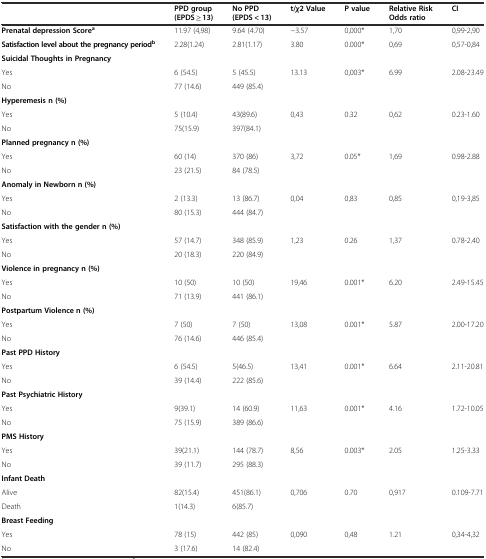
<table><thead><tr><td></td><td><b>PPD group (EPDS ≥ 13)</b></td><td><b>No PPD (EPDS &lt; 13)</b></td><td><b>t/<i>χ</i>2 Value</b></td><td><b>P value</b></td><td><b>Relative Risk Odds ratio</b></td><td><b>CI</b></td></tr></thead><tbody><tr><td><b>Prenatal depression Score</b><sup><b>a</b></sup></td><td>11.97 (4,98)</td><td>9.64 (4.70)</td><td>−3.57</td><td>0,000*</td><td>1,70</td><td>0,99-2,90</td></tr><tr><td><b>Satisfaction level about the pregnancy period</b><sup><b>b</b></sup></td><td>2.28(1.24)</td><td>2.81(1.17)</td><td>3.80</td><td>0.000*</td><td>0,69</td><td>0,57-0,84</td></tr><tr><td><b>Suicidal Thoughts in Pregnancy</b></td><td></td><td></td><td></td><td></td><td></td><td></td></tr><tr><td>Yes</td><td>6 (54.5)</td><td>5 (45.5)</td><td>13.13</td><td>0,003*</td><td>6.99</td><td>2.08-23.49</td></tr><tr><td>No</td><td>77 (14.6)</td><td>449 (85.4)</td><td></td><td></td><td></td><td></td></tr><tr><td><b>Hyperemesis n (%)</b></td><td></td><td></td><td></td><td></td><td></td><td></td></tr><tr><td>Yes</td><td>5 (10.4)</td><td>43(89.6)</td><td>0,43</td><td>0.32</td><td>0,62</td><td>0.23-1.60</td></tr><tr><td>No</td><td>75(15.9)</td><td>397(84.1)</td><td></td><td></td><td></td><td></td></tr><tr><td><b>Planned pregnancy n (%)</b></td><td></td><td></td><td></td><td></td><td></td><td></td></tr><tr><td>Yes</td><td>60 (14)</td><td>370 (86)</td><td>3,72</td><td>0.05*</td><td>1,69</td><td>0.98-2.88</td></tr><tr><td>No</td><td>23 (21.5)</td><td>84 (78.5)</td><td></td><td></td><td></td><td></td></tr><tr><td><b>Anomaly in Newborn n (%)</b></td><td></td><td></td><td></td><td></td><td></td><td></td></tr><tr><td>Yes</td><td>2 (13.3)</td><td>13 (86.7)</td><td>0,04</td><td>0,83</td><td>0,85</td><td>0,19-3,85</td></tr><tr><td>No</td><td>80 (15.3)</td><td>444 (84.7)</td><td></td><td></td><td></td><td></td></tr><tr><td><b>Satisfaction with the gender n (%)</b></td><td></td><td></td><td></td><td></td><td></td><td></td></tr><tr><td>Yes</td><td>57 (14.7)</td><td>348 (85.9)</td><td>1,23</td><td>0.26</td><td>1,37</td><td>0.78-2.40</td></tr><tr><td>No</td><td>20 (18.3)</td><td>220 (84.9)</td><td></td><td></td><td></td><td></td></tr><tr><td><b>Violence in pregnancy n (%)</b></td><td></td><td></td><td></td><td></td><td></td><td></td></tr><tr><td>Yes</td><td>10 (50)</td><td>10 (50)</td><td>19,46</td><td>0.001*</td><td>6.20</td><td>2.49-15.45</td></tr><tr><td>No</td><td>71 (13.9)</td><td>441 (86.1)</td><td></td><td></td><td></td><td></td></tr><tr><td><b>Postpartum Violence n (%)</b></td><td></td><td></td><td></td><td></td><td></td><td></td></tr><tr><td>Yes</td><td>7 (50)</td><td>7 (50)</td><td>13,08</td><td>0.001*</td><td>5.87</td><td>2.00-17.20</td></tr><tr><td>No</td><td>76 (14.6)</td><td>446 (85.4)</td><td></td><td></td><td></td><td></td></tr><tr><td><b>Past PPD History</b></td><td></td><td></td><td></td><td></td><td></td><td></td></tr><tr><td>Yes</td><td>6 (54.5)</td><td>5(46.5)</td><td>13,41</td><td>0.001*</td><td>6.64</td><td>2.11-20.81</td></tr><tr><td>No</td><td>39 (14.4)</td><td>222 (85.6)</td><td></td><td></td><td></td><td></td></tr><tr><td><b>Past Psychiatric History</b></td><td></td><td></td><td></td><td></td><td></td><td></td></tr><tr><td>Yes</td><td>9(39.1)</td><td>14 (60.9)</td><td>11,63</td><td>0.001*</td><td>4.16</td><td>1.72-10.05</td></tr><tr><td>No</td><td>75 (15.9)</td><td>389 (86.6)</td><td></td><td></td><td></td><td></td></tr><tr><td><b>PMS History</b></td><td></td><td></td><td></td><td></td><td></td><td></td></tr><tr><td>Yes</td><td>39(21.1)</td><td>144 (78.7)</td><td>8,56</td><td>0.003*</td><td>2.05</td><td>1.25-3.33</td></tr><tr><td>No</td><td>39 (11.7)</td><td>295 (88.3)</td><td></td><td></td><td></td><td></td></tr><tr><td><b>Infant Death</b></td><td></td><td></td><td></td><td></td><td></td><td></td></tr><tr><td>Alive</td><td>82(15.4)</td><td>451(86.1)</td><td>0,706</td><td>0.70</td><td>0,917</td><td>0.109-7.71</td></tr><tr><td>Death</td><td>1(14.3)</td><td>6(85.7)</td><td></td><td></td><td></td><td></td></tr><tr><td><b>Breast Feeding</b></td><td></td><td></td><td></td><td></td><td></td><td></td></tr><tr><td>Yes</td><td>78 (15)</td><td>442 (85)</td><td>0,090</td><td>0,48</td><td>1.21</td><td>0,34-4,32</td></tr><tr><td>No</td><td>3 (17.6)</td><td>14 (82.4)</td><td></td><td></td><td></td><td></td></tr></tbody></table>